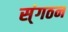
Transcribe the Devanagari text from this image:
स्ंगठन